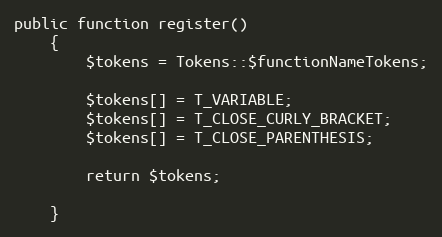
Language: PHP
public function register()
    {
        $tokens = Tokens::$functionNameTokens;

        $tokens[] = T_VARIABLE;
        $tokens[] = T_CLOSE_CURLY_BRACKET;
        $tokens[] = T_CLOSE_PARENTHESIS;

        return $tokens;

    }